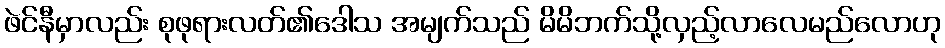
ဖဲင်နီမှာလည်း စုဖုရားလတ်၏ဒေါသ အမျက်သည် မိမိဘက်သို့လှည့်လာလေမည်လောဟု